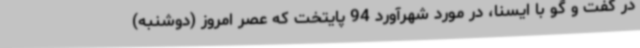
در گفت و گو با ایسنا، در مورد شهرآورد 94 پایتخت که عصر امروز (دوشنبه)